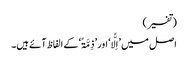
(تفسیر)
اصل میں ’اِلًّا‘ اور ’ذِمَّۃً‘ کے الفاظ آئے ہیں۔